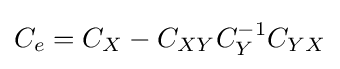
C_{e}=C_{X}-C_{XY}C_{Y}^{-1}C_{YX}